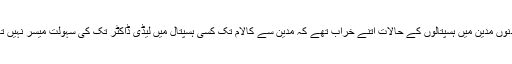
ان دنوں مدین میں ہسپتالوں کے حالات اتنے خراب تھے کہ مدین سے کالام تک کسی ہسپتال میں لیڈی ڈاکٹر تک کی سہولت میسر نہیں تھی۔